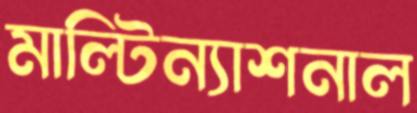
মাল্টিন্যাশনাল